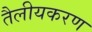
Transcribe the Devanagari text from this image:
तैलीयकरण